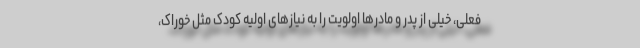
فعلی، خیلی از پدر و مادرها اولویت را به نیازهای اولیه کودک مثل خوراک،